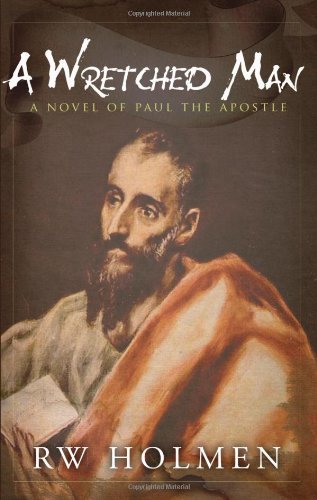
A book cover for A Wretched Man - A Novel of Paul the Apostle; RW Holmen; Christian Books & Bibles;